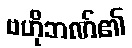
ဗဟိုဘဏ်၏